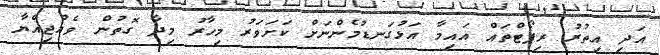
އަދި އިތުރު ރިޕޯޓްތައް އައިމާ އަޅުގަނޑުމެންނަށް ކަށަވަރު މިހާރު މިދާ ގޮތުން ވެއްޖިއްޔާ